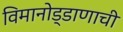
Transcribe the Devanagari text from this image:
विमानोड्डाणाची